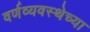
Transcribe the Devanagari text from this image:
वर्णव्यवस्थेच्या